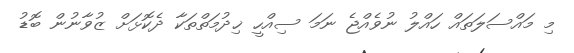
މި މައްސަލަތައް ހައްލު ނުވެއްޖެ ނަމަ ސިއްހީ ޚިދުމަތްތަކާ ދެކޮޅަށް ޒުވާނުން ބޮޑު